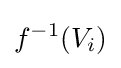
f^{-1}(V_{i})